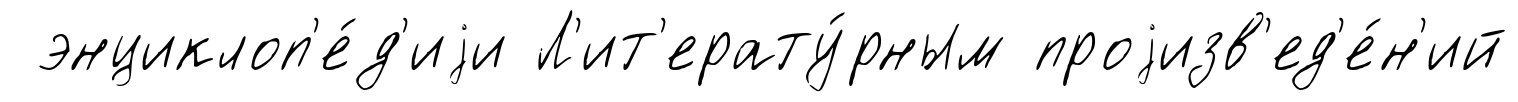
энциклоп'е́д'иjи Л'ит'ерату́рным проjизв'ед'е́н'ий